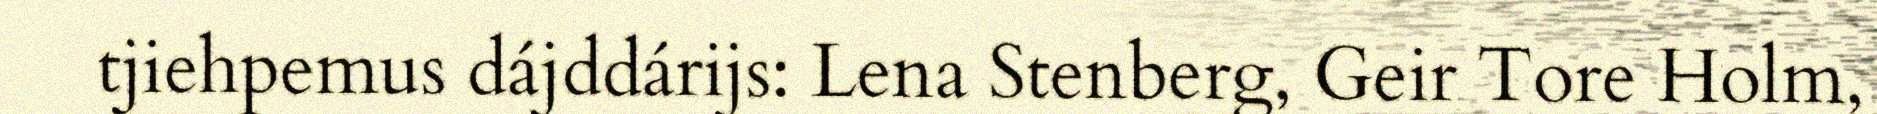
tjiehpemus dájddárijs: Lena Stenberg, Geir Tore Holm,